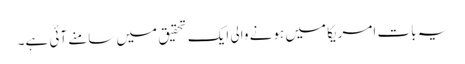
یہ بات امریکا میں ہونے والی ایک تحقیق میں سامنے آئی ہے۔